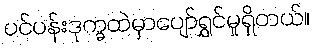
ပင်ပန်းဒုက္ခထဲမှာပျော်ရွှင်မှုရှိတယ်။